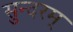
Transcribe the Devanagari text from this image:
सुन्‍दरम्